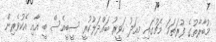
މުބާރާތުގެ ފުރަތަމަ މެޗުގައި މިއަދު ހަވީރު ބައްދަލުކުރީ ސީބީއެސް ބީ އާއި އެކުވެރިން